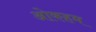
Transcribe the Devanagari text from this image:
ओकहम